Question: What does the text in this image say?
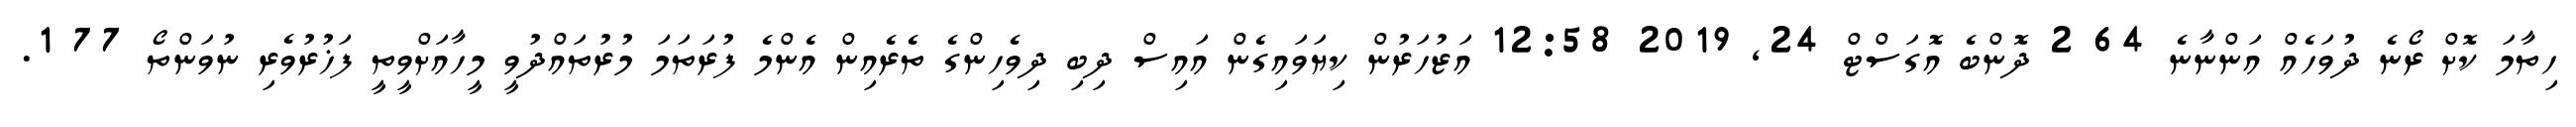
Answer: ހިތާމަ ކޮށް ރޯނެ ދުވަހެއް އަންނާނެ 64 2 ދޮންބެ އޮގަސްޓް 24, 2019 12:58 އަޒުހަރުން ކިޔަވައިގެން އައިސް ދިބި ދިވެހިންގެ ތެރެއިން އެންމެ ފުރަތަމަ މުރުތައްދުވީ މީހާއަށްވީތީ ފަޚުރުވެރި ނުވަންތޯ 77 1.